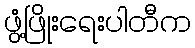
ဖွံ့ဖြိုးရေးပါတီက